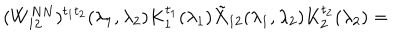
LaTeX: ( W _ { 1 2 } ^ { N N } ) ^ { t _ { 1 } t _ { 2 } } ( \lambda _ { 1 } , \lambda _ { 2 } ) K _ { 1 } ^ { t _ { 1 } } ( \lambda _ { 1 } ) \tilde { X } _ { 1 2 } ( \lambda _ { 1 } , \lambda _ { 2 } ) K _ { 2 } ^ { t _ { 2 } } ( \lambda _ { 2 } ) =